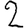
Digit: 2